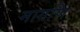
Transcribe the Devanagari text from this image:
मागणि